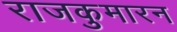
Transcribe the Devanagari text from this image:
राजकुमारन